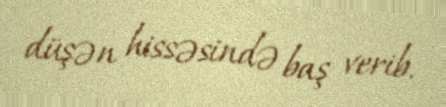
düşən hissəsində baş verib.